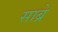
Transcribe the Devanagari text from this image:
साब्रे